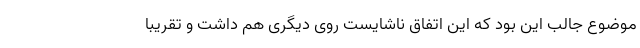
موضوع جالب این بود که این اتفاق ناشایست روی دیگری هم داشت و تقریبا